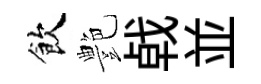
飲艶㦸並